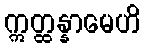
ဣတ္ထန္နာမေဟိ